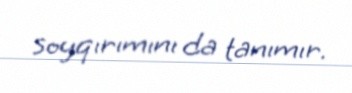
soyqırımını da tanımır.